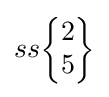
ss{\begin{Bmatrix}2\\5\end{Bmatrix}}